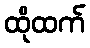
ထိုထက်